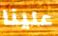
علينا